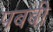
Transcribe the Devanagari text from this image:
पबबी